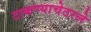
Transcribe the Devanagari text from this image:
टाकण्याचेठरले